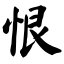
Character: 恨